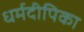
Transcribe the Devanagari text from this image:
धर्मदीपिका